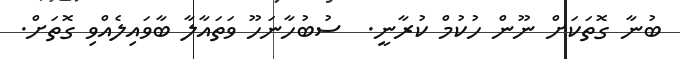
ބުނާ ގޮތަކަށް ނޫން ހުކުމް ކުރާނީ.  ސުބުހާނަހޫ ވަތައާލާ ބާވައިލެއްވި ގޮތަށް.